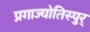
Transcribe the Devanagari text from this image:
प्रगाज्योतिस्पुर्